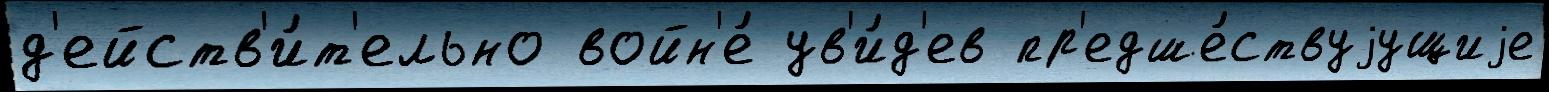
д'ейств'и́т'ельно войн'е́ ув'и́д'ев пр'едше́ствуjущиjе